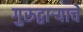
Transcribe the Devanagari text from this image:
गुरुद्वार्‍याचे